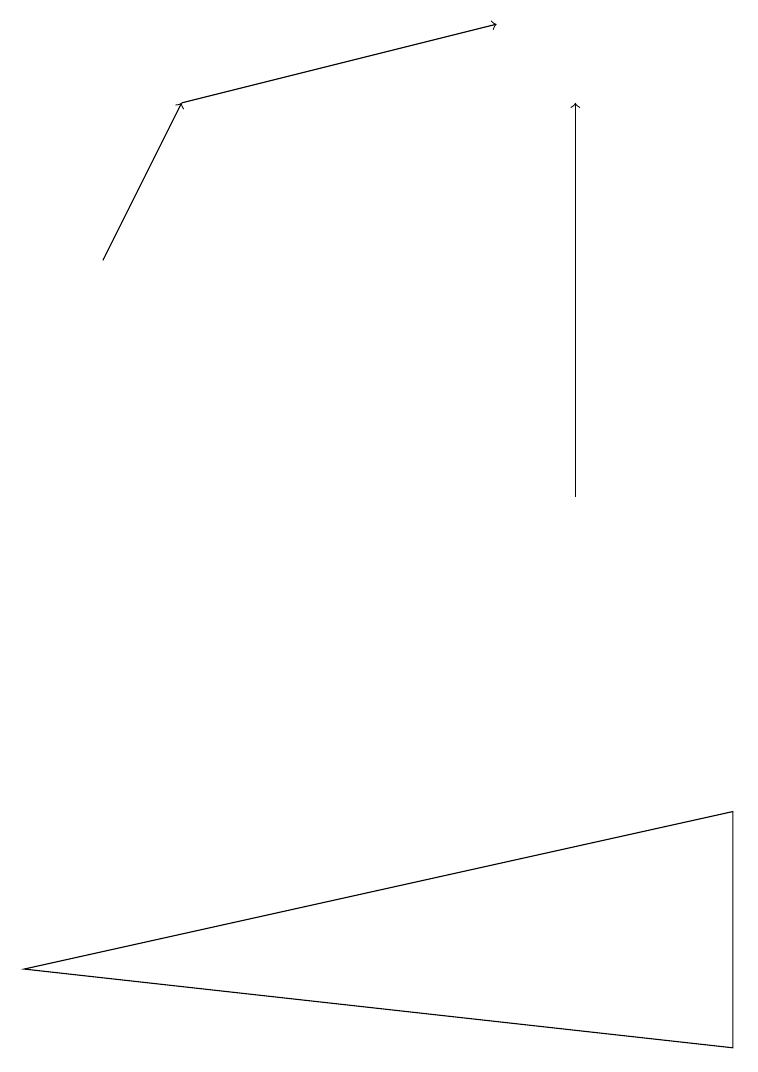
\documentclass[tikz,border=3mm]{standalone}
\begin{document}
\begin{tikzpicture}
\draw[->] (1,14) -- (2,16);
\draw[->] (7,11) -- (7,16);
\draw (9,4) -- (9,7) -- (0,5) -- cycle;
\draw[->] (2,16) -- (6,17);
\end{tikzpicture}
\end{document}